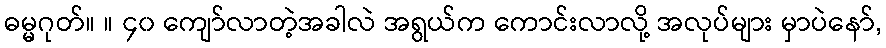
ဓမ္မဂုတ်။ ။ ၄၀ ကျော်လာတဲ့အခါလဲ အရွယ်က ကောင်းလာလို့ အလုပ်များ မှာပဲနော်,